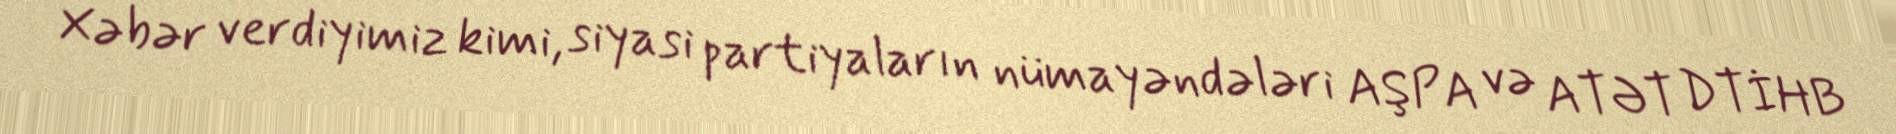
Xəbər verdiyimiz kimi, siyasi partiyaların nümayəndələri AŞPA və ATƏT DTİHB